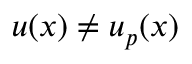
u ( x ) \neq u _ { p } ( x )